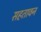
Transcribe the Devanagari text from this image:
सहतावन